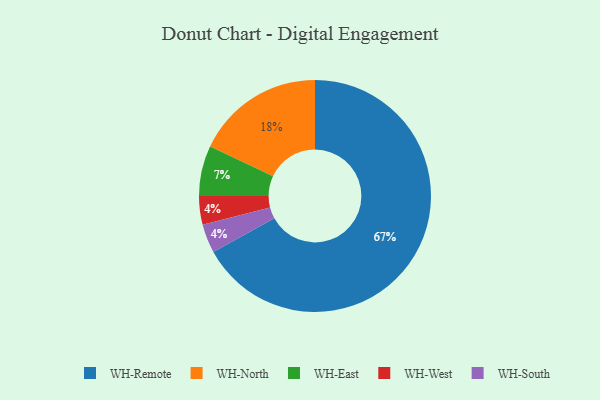
{"axis": {"x": "Category", "y": "Percentage"}, "legend": ["WH-East", "WH-North", "WH-Remote", "WH-South", "WH-West"], "data": [{"x": "WH-East", "y": 7, "type": "WH-East"}, {"x": "WH-West", "y": 4, "type": "WH-West"}, {"x": "WH-North", "y": 18, "type": "WH-North"}, {"x": "WH-South", "y": 4, "type": "WH-South"}, {"x": "WH-Remote", "y": 67, "type": "WH-Remote"}]}